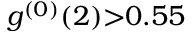
g ^ { ( 0 ) } ( 2 ) { > } 0 . 5 5